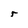
Character: r